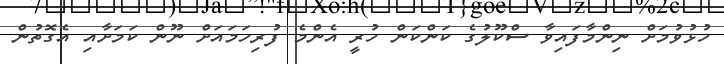
ހުޅުވުމަށް ނިންމާފައިވާ ސްކޫލުގެ ކަންކަން ހުރީ އެންމެ ފުރިހަމައަށް ނޫން ކަމަށާއި އެގޮތުން